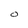
Character: O